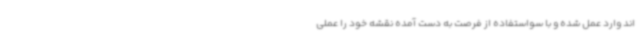
اند وارد عمل شده و با سواستفاده از فرصت به دست آمده نقشه خود را عملی